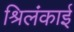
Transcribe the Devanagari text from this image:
श्रिलंकाई